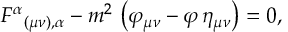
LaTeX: F ^ { \alpha } { } _ { ( \mu \nu ) , \alpha } - m ^ { 2 } \, \left( \varphi _ { \mu \nu } - \varphi \, \eta _ { \mu \nu } \right) = 0 ,